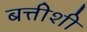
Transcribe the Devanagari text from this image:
बत्तीशी